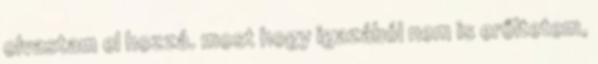
olvastam el hozzá. most hogy igazából nem is erőltetem,